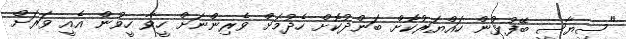
"ސިޔާސީ ބޭފުޅުން ހައްޔަރުކޮށް ބަންދުކޮށް ހެދުމަށް ވެރިންނަށް ހީވާ ހީވުން އެއީ ވަރަށް